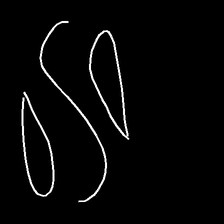
Glyph: water